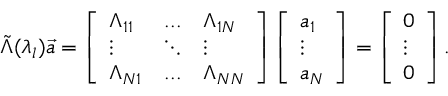
{ \tilde { \Lambda } } ( \lambda _ { l } ) { \vec { a } } = \left[ \begin{array} { l l l } { \Lambda _ { 1 1 } } & { . . . } & { \Lambda _ { 1 N } } \\ { \vdots } & { \ddots } & { \vdots } \\ { \Lambda _ { N 1 } } & { . . . } & { \Lambda _ { N N } } \end{array} \right] \left[ \begin{array} { l } { a _ { 1 } } \\ { \vdots } \\ { a _ { N } } \end{array} \right] = \left[ \begin{array} { l } { 0 } \\ { \vdots } \\ { 0 } \end{array} \right] .